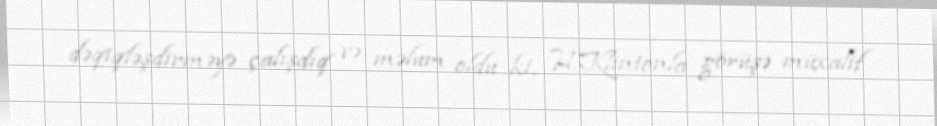
dəqiqləşdirməyə çalışdıq və məlum oldu ki, H.Klintonla görüşə müxalif